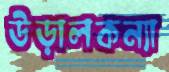
উড়ালকন্যা